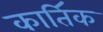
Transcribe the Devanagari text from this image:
काति॔क